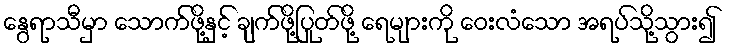
နွေရာသီမှာ သောက်ဖို့နှင့် ချက်ဖို့ပြုတ်ဖို့ ရေများကို ဝေးလံသော အရပ်သို့သွား၍